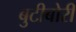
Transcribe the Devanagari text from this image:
बुटीबोरी